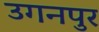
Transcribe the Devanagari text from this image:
उगनपुर